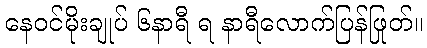
နေဝင်မိုးချုပ် ၆နာရီ ရ နာရီလောက်ပြန်ဖြုတ်။